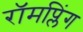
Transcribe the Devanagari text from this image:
रॉमप्लिंग